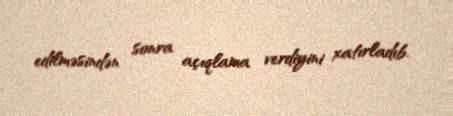
edilməsindən sonra açıqlama verdiyini xatırladıb.